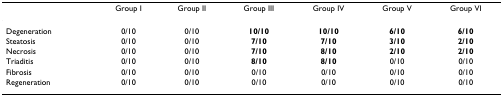
|  | Group I | Group II | Group III | Group IV | Group V | Group VI |
 | --- | --- | --- | --- | --- | --- | --- |
 | Degeneration | 0/10 | 0/10 | 10/10 | 10/10 | 6/10 | 6/10 |
 | Steatosis | 0/10 | 0/10 | 7/10 | 7/10 | 3/10 | 2/10 |
 | Necrosis | 0/10 | 0/10 | 7/10 | 8/10 | 2/10 | 2/10 |
 | Triaditis | 0/10 | 0/10 | 8/10 | 8/10 | 0/10 | 0/10 |
 | Fibrosis | 0/10 | 0/10 | 0/10 | 0/10 | 0/10 | 0/10 |
 | Regeneration | 0/10 | 0/10 | 0/10 | 0/10 | 0/10 | 0/10 |